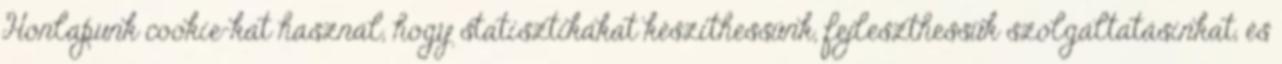
Honlapunk cookie-kat használ, hogy statisztikákat készíthessünk, fejleszthessük szolgáltatásinkat, és